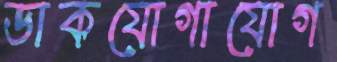
ডাকযোগাযোগ